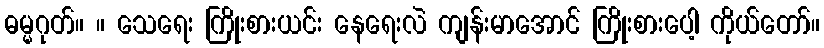
ဓမ္မဂုတ်။ ။ သေရေး ကြိုးစားယင်း နေရေးလဲ ကျန်းမာအောင် ကြိုးစားပေါ့ ကိုယ်တော်။